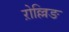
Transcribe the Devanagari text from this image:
ऱोल्लिङ